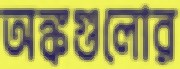
অঙ্কগুলোর